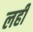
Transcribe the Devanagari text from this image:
लहीं